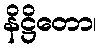
နိဋ္ဌိတော၊